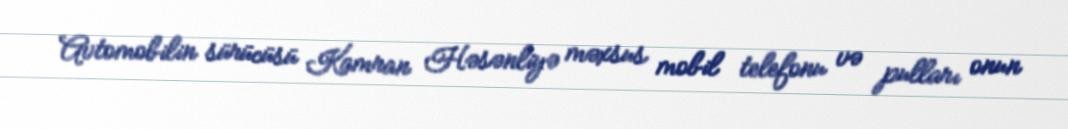
Avtomobilin sürücüsü Kamran Həsənliyə məxsus mobil telefonu və pulları onun